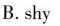
B.shy